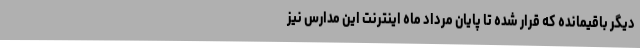
دیگر باقیمانده که قرار شده تا پایان مرداد ماه اینترنت این مدارس نیز